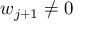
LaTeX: w _ { j + 1 } \neq 0